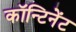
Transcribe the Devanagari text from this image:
कॉन्टिनेंट